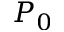
P _ { 0 }